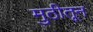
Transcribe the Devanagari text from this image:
मुठीतून